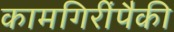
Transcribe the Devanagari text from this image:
कामगिरींपैकी